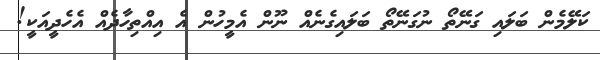
ކަލޭމެން ބަލައި ގަނޭތޯ ނުގަނޭތޯ ބަލައިގެނެއް ނޫން އެމީހުން އެ އިއްތިހާދެއް އެހެދީއަކީ!